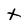
Character: t